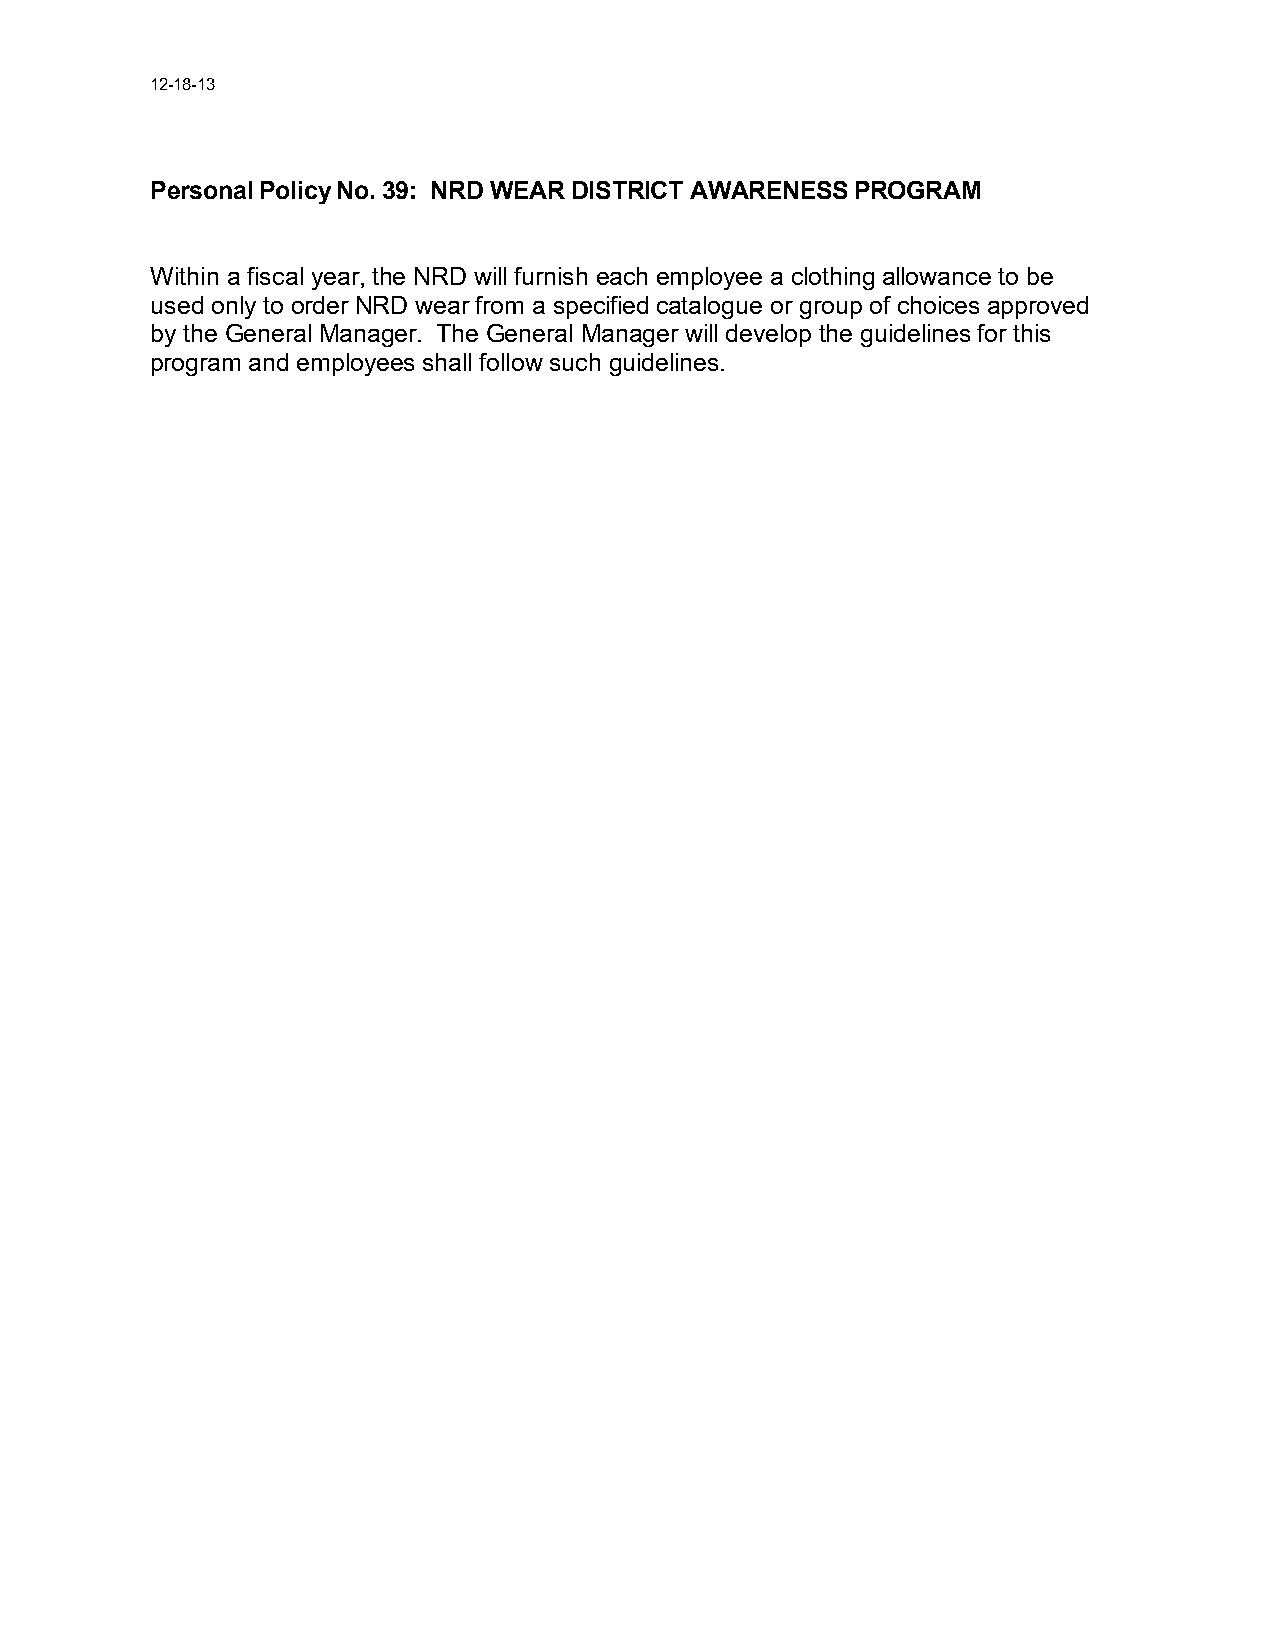
12-18-13
 Personal Policy No. 39: NRD WEAR DISTRICT AWARENESS PROGRAM
 Within a fiscal year, the NRD will furnish each employee a clothing allowance to be
 used only to order NRD wear from a specified catalogue or group of choices approved
 by the General Manager. The General Manager will develop the guidelines for this
 program and employees shall follow such guidelines.